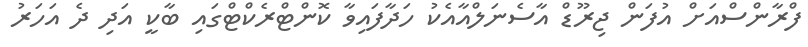
ފްރާންސްއަށް އުފަން ޖިރޫޑް އާސެނަލްއާއެކު ހަދާފައިވާ ކޮންޓްރެކްޓްގައި ބާކީ އަދި ދެ އަހަރު